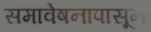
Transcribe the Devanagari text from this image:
समावेषनापासून